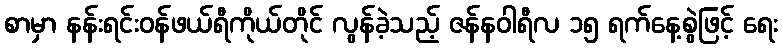
စာမှာ နန်းရင်းဝန်ဖယ်ရီကိုယ်တိုင် လွန်ခဲ့သည့် ဇန်နဝါရီလ ၁၅ ရက်နေ့စွဲဖြင့် ရေး